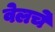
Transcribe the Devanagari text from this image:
वेलचे